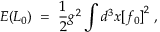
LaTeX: E ( L _ { 0 } ) \; = \; \frac { 1 } { 2 } g ^ { 2 } \int d ^ { 3 } x { [ f _ { 0 } ] } ^ { 2 } \; ,